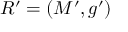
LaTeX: R ^ { \prime } = ( M ^ { \prime } , g ^ { \prime } )